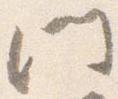
門